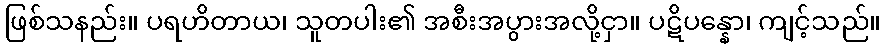
ဖြစ်သနည်း။ ပရဟိတာယ၊ သူတပါး၏ အစီးအပွားအလို့ငှာ။ ပဋိပန္နော၊ ကျင့်သည်။